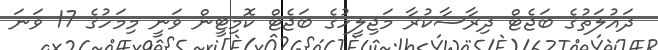
ދައުލަތުގެ ބަޖެޓް ދިރާސާކުރާ މަޖިލީހުގެ ބަޖެޓް ކޮމިޓީން ވަނީ މިމަހުގެ 17 ވަނަ